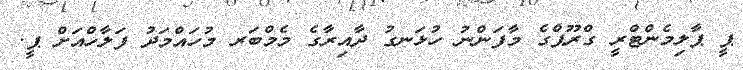
ޕީ ޕާލިމެންޓްރީ ގްރޫޕްގެ މާފަންނު ހުޅަނގު ދާއިރާގެ މެމްބަރ މުހައްމަދު ފަލާހްއަށް ޕީ.